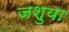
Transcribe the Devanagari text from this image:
जशुया